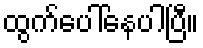
ထွက်ပေါ်နေပါပြီ။